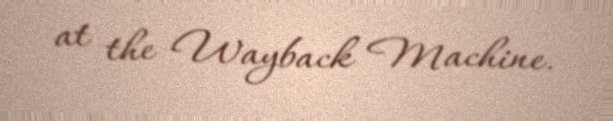
at the Wayback Machine.